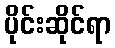
ပိုင်းဆိုင်ရာ